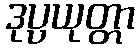
ဒုပ္ပယုတ္တာ